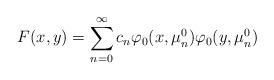
LaTeX: \begin{align*} F(x, y) = \sum_{n=0}^{\infty} c_n \varphi_0(x,\mu_n^0) \varphi_0(y, \mu_n^0)\end{align*}